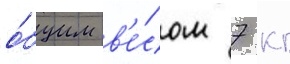
о́бщим в'е́сом 7 кг